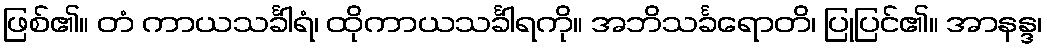
ဖြစ်၏။ တံ ကာယသင်္ခါရံ၊ ထိုကာယသင်္ခါရကို။ အဘိသင်္ခရောတိ၊ ပြုပြင်၏။ အာနန္ဒ၊